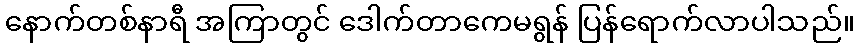
နောက်တစ်နာရီ အကြာတွင် ဒေါက်တာကေမရွန် ပြန်ရောက်လာပါသည်။